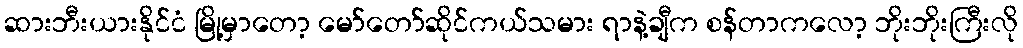
ဆားဘီးယားနိုင်ငံ မြို့မှာတော့ မော်တော်ဆိုင်ကယ်သမား ရာနဲ့ချီက စန်တာကလော့ ဘိုးဘိုးကြီးလို